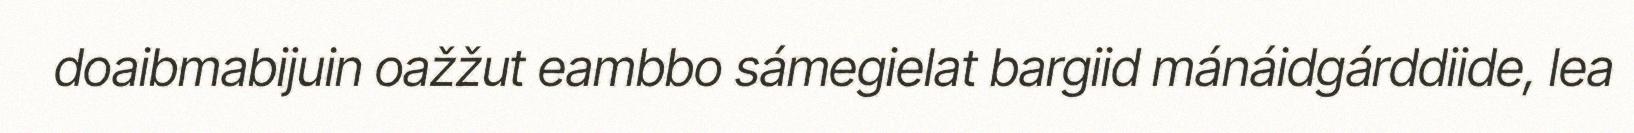
doaibmabijuin oažžut eambbo sámegielat bargiid mánáidgárddiide, lea